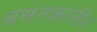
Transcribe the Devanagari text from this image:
बसंतकालीन